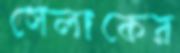
সেলাকের